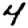
Digit: 4